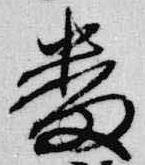
番